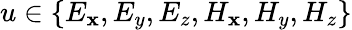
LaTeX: u\in\{ E_{\mathbf{x}},E_{y},E_{z},H_{\mathbf{x}},H_{y},H_{z}\}